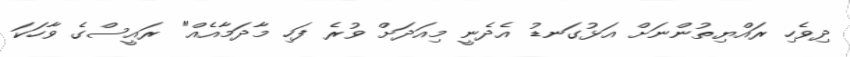
ދިވެހި ރައްޔިތުންނަށް އަޅުގަނޑު އެދެނީ މިއަދަށް ވުރެ ފަހި މާދަމާއެެއް" ރައީސްގެ ވާހަކަ